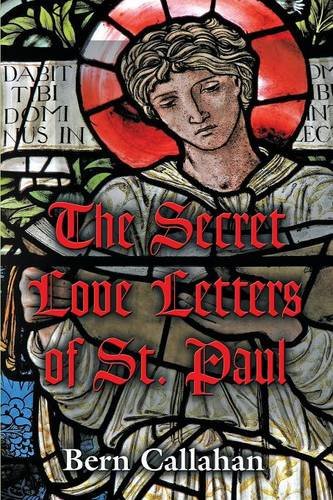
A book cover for The Secret Love Letters of Saint Paul; Bern Callahan; Romance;